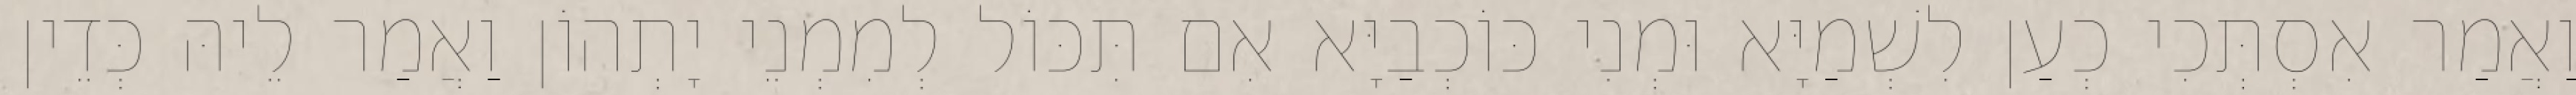
וַאֲמַר אִסְתְּכִי כְעַן לִשְׁמַיָּא וּמְנִי כּוֹכְבַיָּא אִם תִּכּוֹל לְמִמְנֵי יָתְהוֹן וַאֲמַר לֵיהּ כְּדֵין